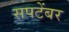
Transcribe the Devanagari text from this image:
सपटेंबर